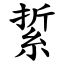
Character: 䋢